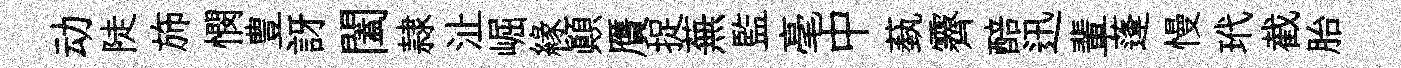
动陡斾憫豊訝闔隷沚崛縁顚贋捉蕪監毫中蓺霽醅迅輩蓬慢玳截胎